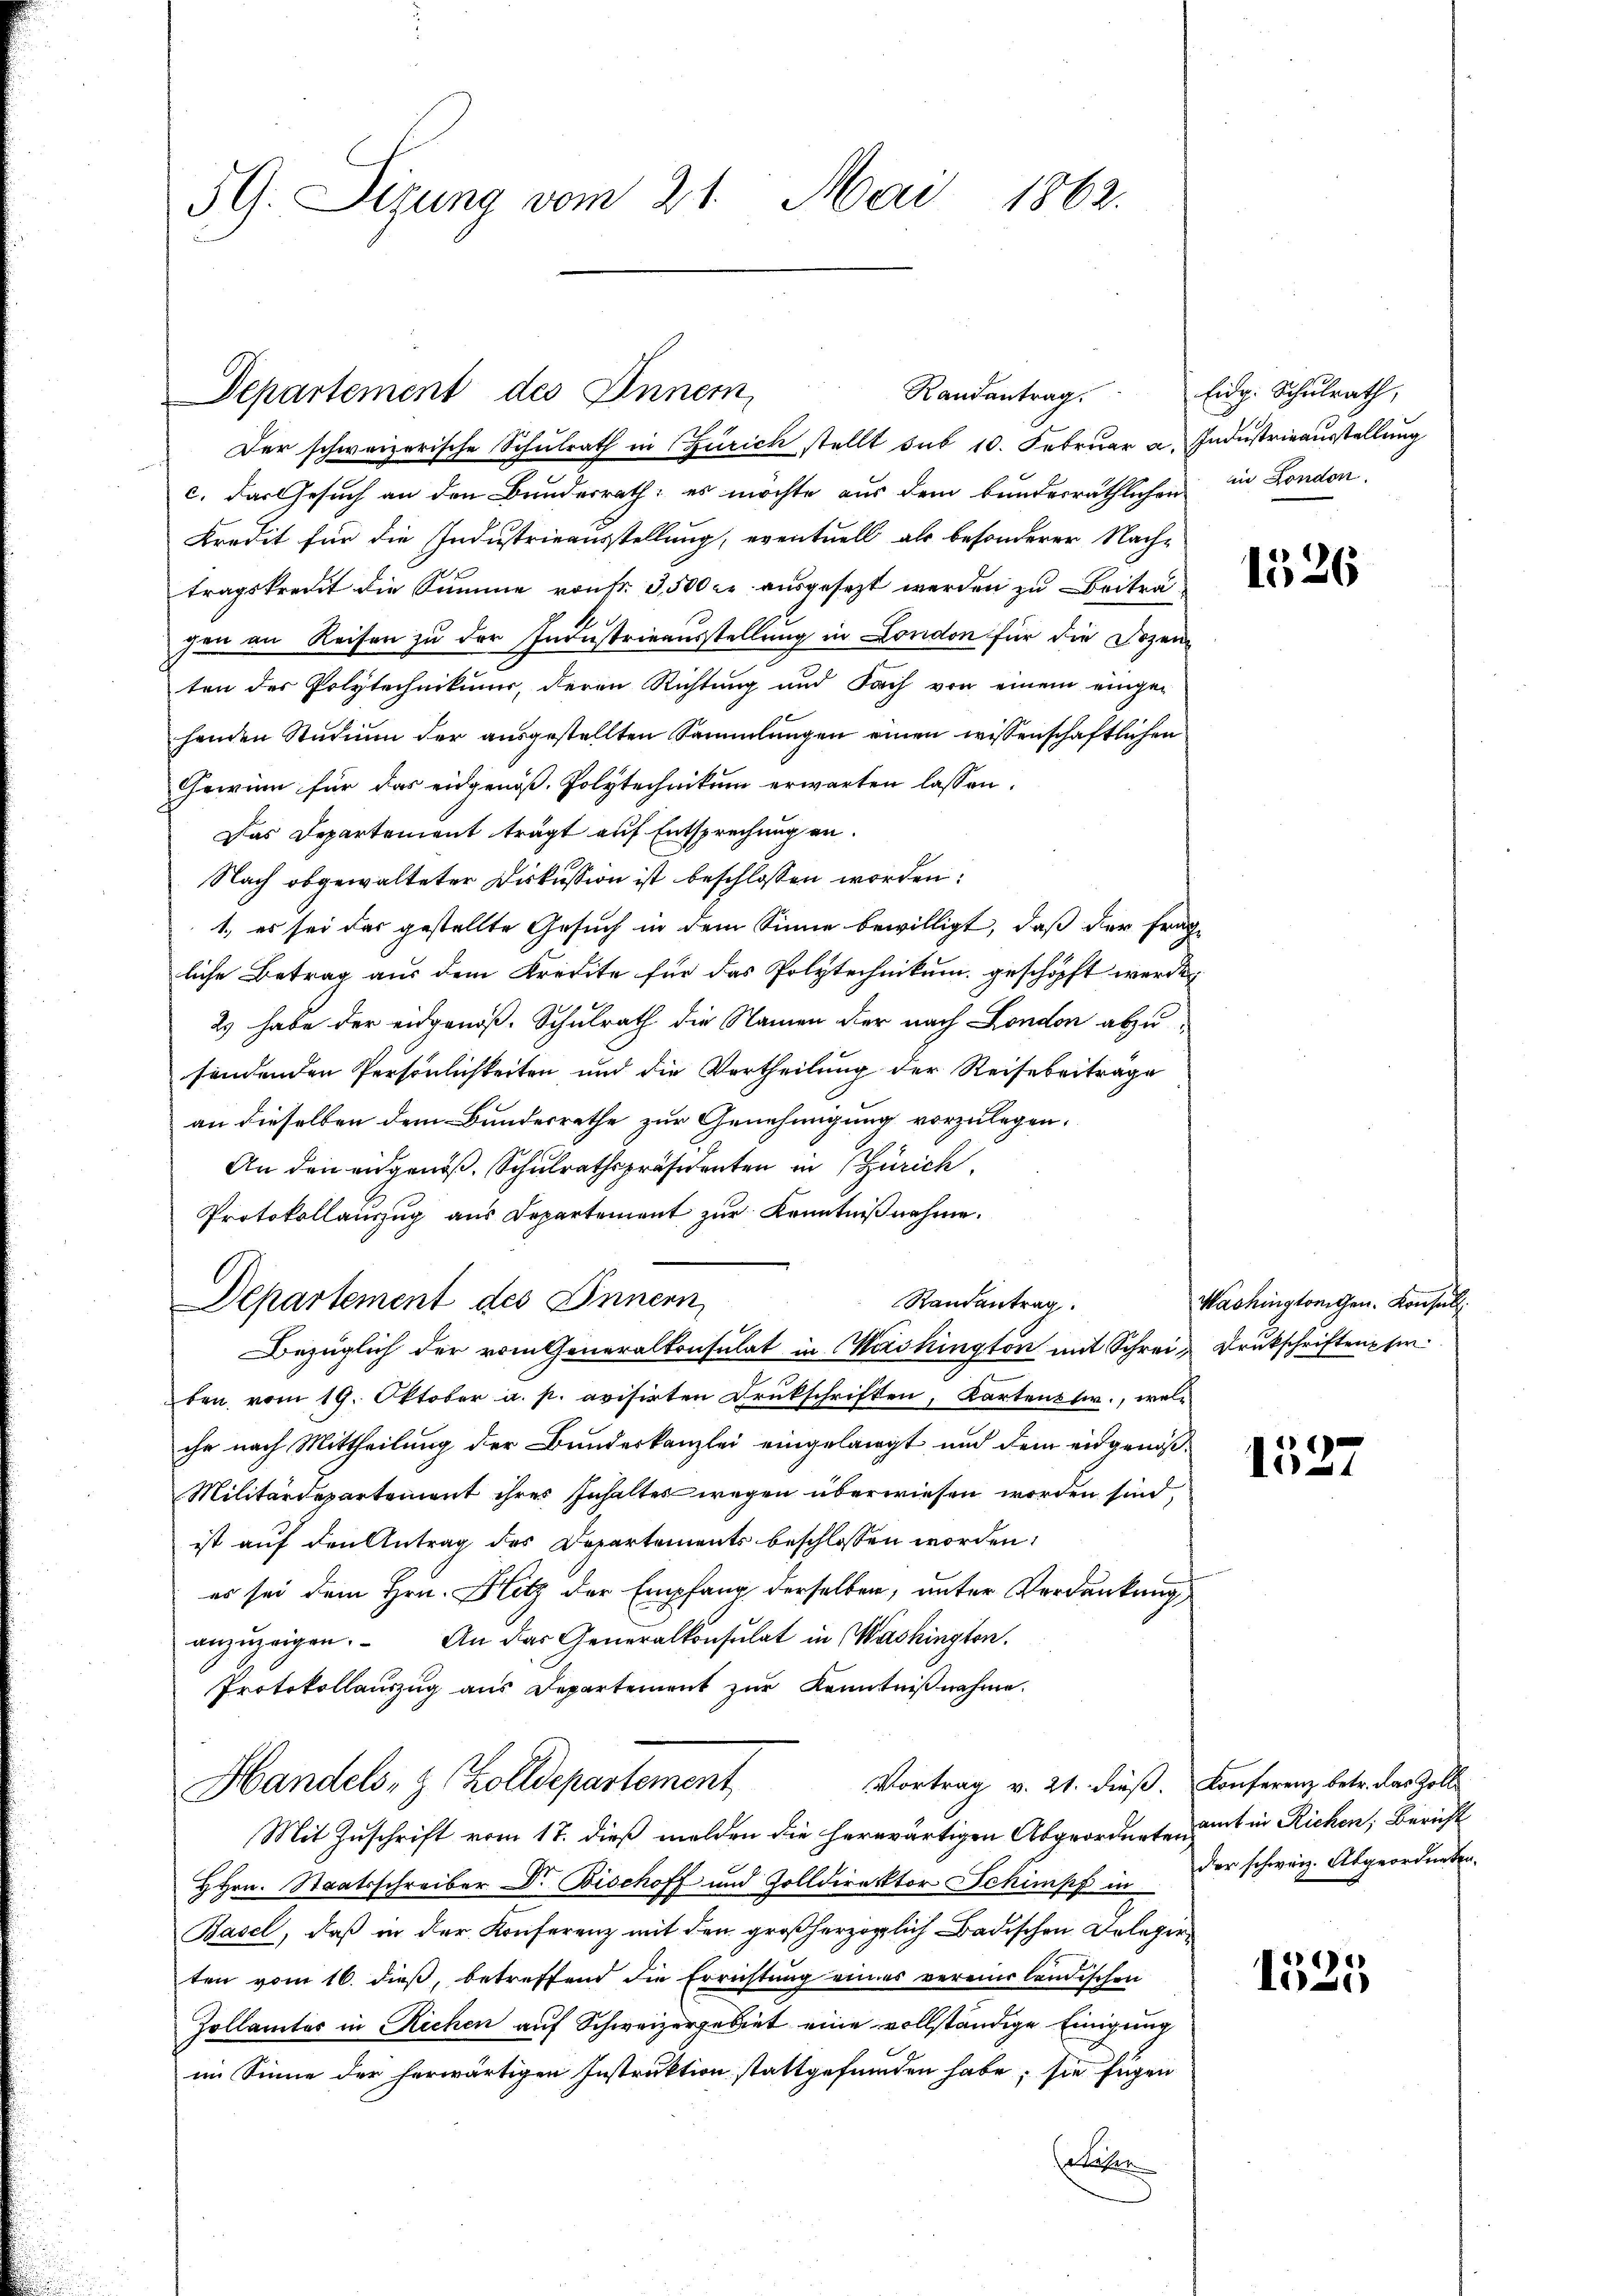
5G. Sizung vom 21. Mai 1862.

Departement des Inner, Randantrag. Eidg. Schŭlrath,

Der schweizerische Schulrath in Zürich stellt sub 10. Februar a. Industrieausstellung
c. das Gesuch an den Bundesrath, es möchte aus dem bunderräthlichen in London.
Bredit für die Industrieausstellung, eventuell als besonderer Nachtragskredit die Summe von Fr. 3,500 Fr. ausgesezt werden zu Beitragen an Reisen zu der Industrieausstellung in London für die Dozen
ten der Polytechnikums, deren Richtung und Fach von einem einge-
henden Studium der ausgestellten Sammlungen einen wissenschaftlichen
Gewinn für das eidgenöß. Polytechnikum erwarten lassen.
Das Departement trägt auf Entsprechung an.
Nach obgewalteter Diskussion ist beschlossen worden:
1., es sei das gestellte Gesuch in dem Sinne bewilligt, daß der frag-
liche Betrag aus dem Kredite für das Polytechnikum geschöpft werden
2) habe der eidgenöß. Schulrath die Namen der nach London abzusondenden Persönlichkeiten und die Vertheilung der Reisebeiträge
an dieselben dem Bundesrathe zur Genehmigung vorzulegen,
An den eidgenoß, Schulrathspräsidenten in Zürich
Protokollauszug aus Departement zur Kenntnißnahme.
Departement des Innern,
Randantrag.
Bezüglich der vom Generalkonsulat in Washington mit Schrei¬ Drukschriftenpfer
ben vom 19. Oktober a. p. avisirten Drukschriften, Kartenti, wel-
ihr nach Mittheilung der Bundeskanzlei eingelangt, und dem eidgenöß¬
Militärdepartement ihres Inhaltes wegen überwiesen worden sind.
ist auf den Antrag des Departements beschlossen worden:
es sei dem Hrn. Hitz der Empfang derselben, unter Verdankung
anzŭzeigen. An das Generalkonsulat in Washington.
Protokollauszug aus Departement zŭr Kenntniβnahme.
Vortrag v. 21. dieß. Conferenz betr. das Zoll
Handels- & Zolldepartement
Mit Zuschrift vom 17. dieß melden die herwärtigen Abgeordnete aus in Richen; Bericht
HHrn. Staatsschreiber Dr. Bischoff und Zolldirektor Schimpf in der schweiz. Abgeordneten.
Basel, daß in der Konferenz mit den großherzoglich Badischen Belegerten vom 16. dieß, betreffend die Errichtung eines vereine ländischen
Zollamter in Richen auf Schweizergebiet eine vollständige Einigung
im Sinne der herwärtigen Instruktion stattgefunden habe; sie fügen
Stafer

1526

Washingtorigen. Konsul

1527

1525